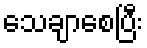
သေချာစေပြီး